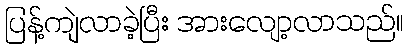
ပြန့်ကျဲလာခဲ့ပြီး အားလျော့လာသည်။